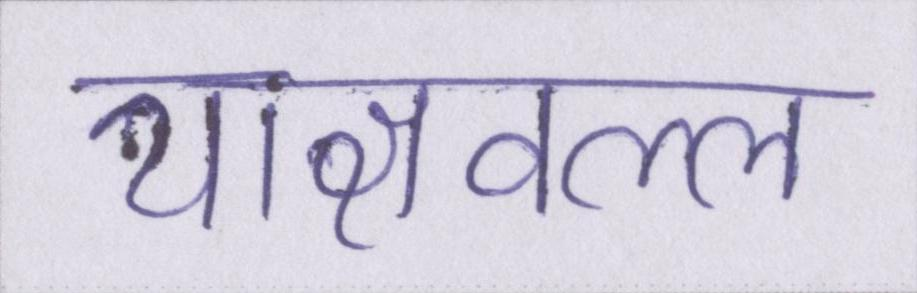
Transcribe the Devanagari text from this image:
याज्ञवल्ल